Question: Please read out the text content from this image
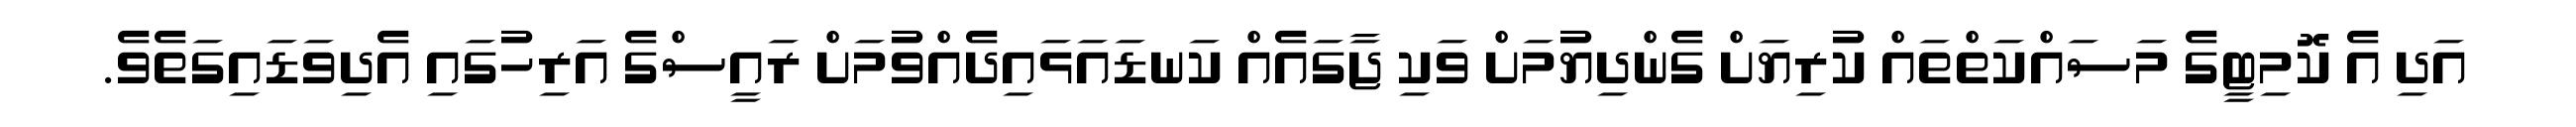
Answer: އަދި އެ ކޮމިޓީގެ މަސައްކަތްތައް ކުރިޔަށް ގެންދިޔުމަށް ވަކި ޖާގައެއް ކަނޑައަޅައިދެއްވުމަށް ރައީސްގެ އަރިހުގައި އެދިވަޑައިގަތެވެ.